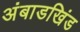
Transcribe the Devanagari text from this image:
अंबाडखिंड